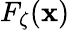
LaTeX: F_{\zeta}(\mathbf{x})